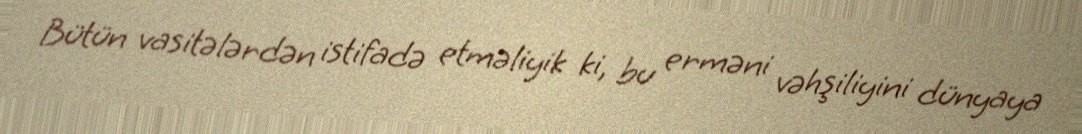
Bütün vasitələrdən istifadə etməliyik ki, bu erməni vəhşiliyini dünyaya